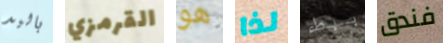
باليد القرمزي هو لذا ببطء فندق